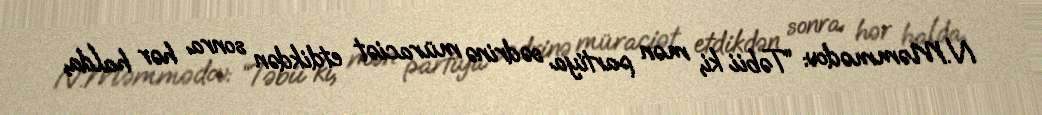
N.Məmmədov: “Təbii ki, mən partiya sədrinə müraciət etdikdən sonra hər halda,